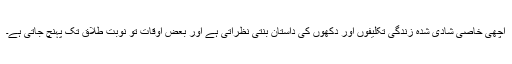
اچھی خاصی شادی شدہ زندگی تکلیفوں اور دکھوں کی داستان بنتی نظرآتی ہے اور بعض اوقات تو نوبت طلاق تک پہنچ جاتی ہے۔